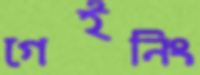
গেইনিং